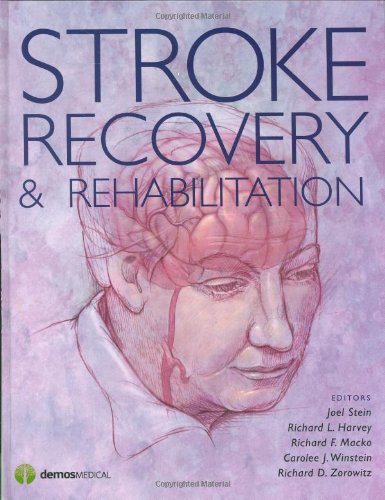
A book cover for Stroke Recovery and Rehabilitation; Joel Stein; Health, Fitness & Dieting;